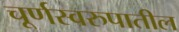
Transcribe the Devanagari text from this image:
चूर्णस्वरुपातील